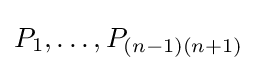
P_{1},\ldots ,P_{(n-1)(n+1)}